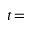
t \! =